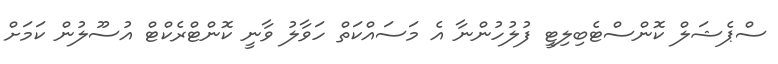
ސްޕެޝަލް ކޮންސްޓެބިލިޓީ ފުލުހުންނާ އެ މަސައްކަތް ހަވާލު ވާނީ ކޮންޓްރެކްޓް އުސޫލުން ކަމަށް